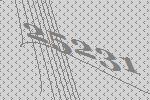
25231